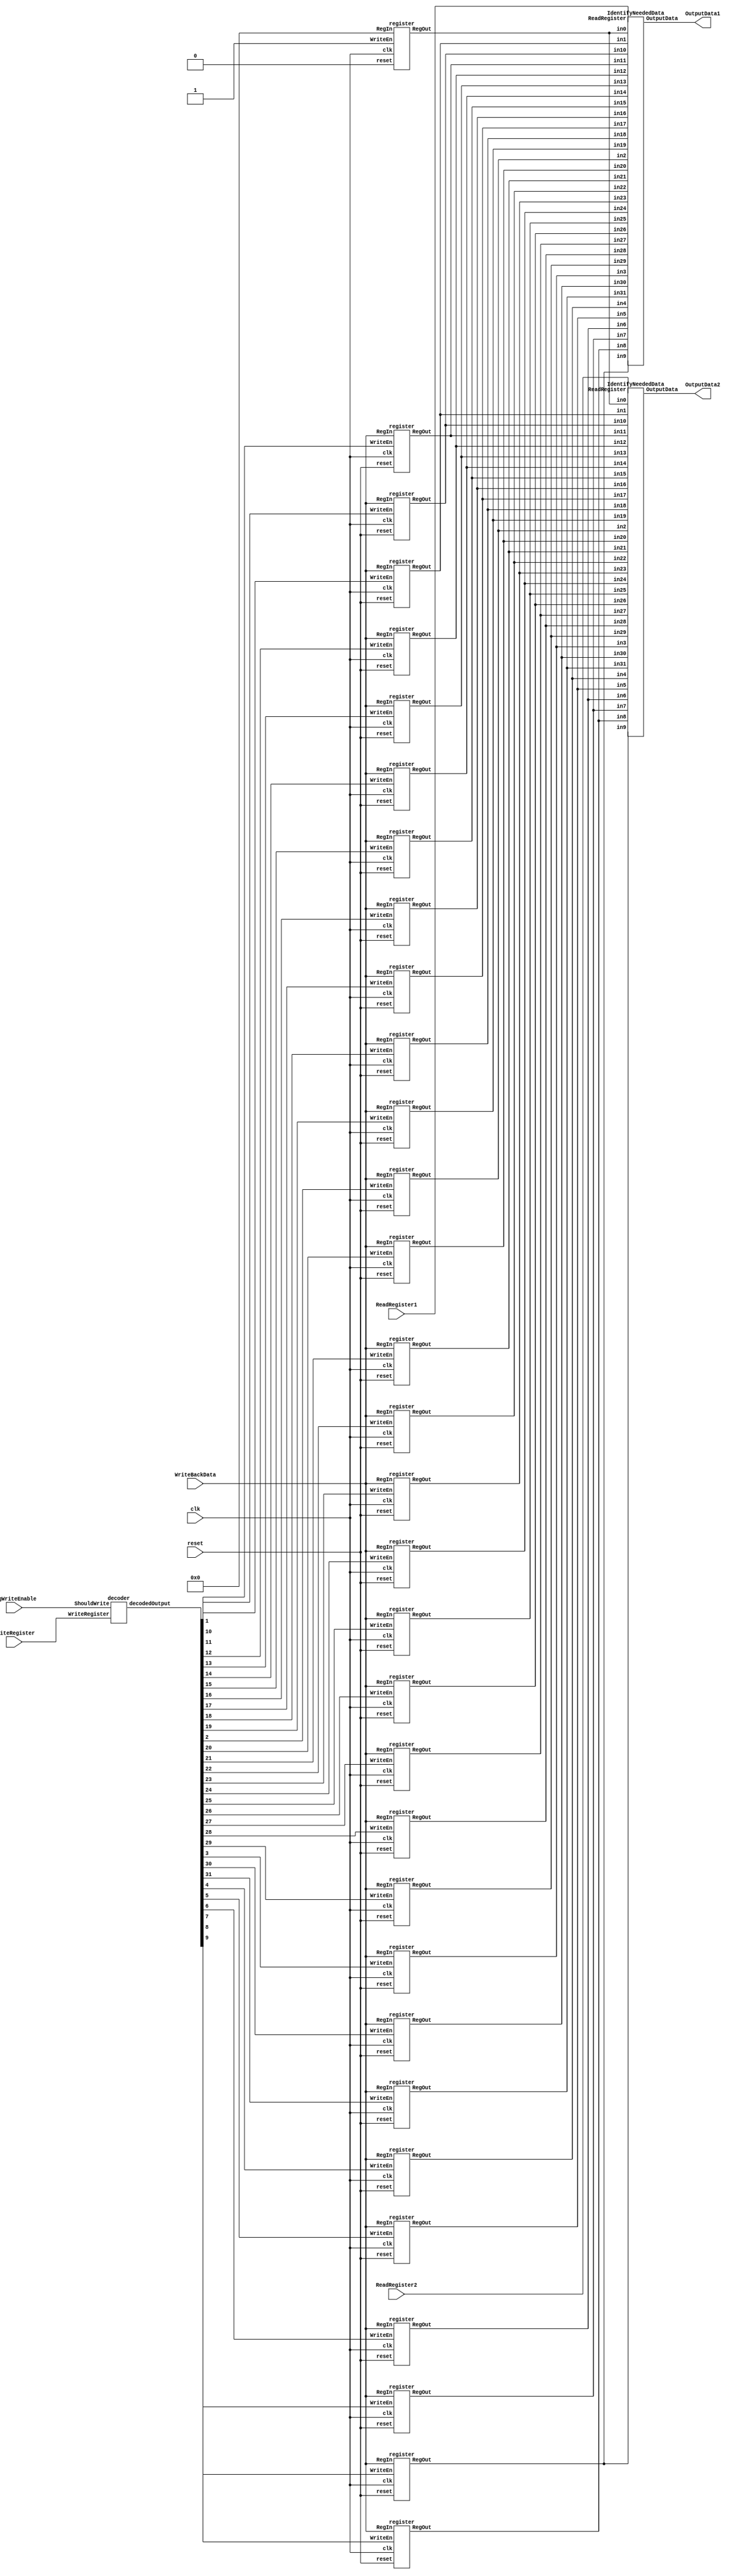
module RegisterFile(
    OutputData1,
    OutputData2,
    WriteBackData,
    ReadRegister1,
    ReadRegister2,
    WriteRegister,
    RegWriteEnable,
    clk,
    reset
);

input[4:0] ReadRegister1,ReadRegister2,WriteRegister;
input[31:0] WriteBackData;
output[31:0] OutputData1,OutputData2;
input RegWriteEnable,clk,reset;
wire [31:0] RegSystem [0:31];
wire [31:0]decodedRegister;


decoder d1(decodedRegister,RegWriteEnable,WriteRegister);
register reg0(RegSystem[0],32'b0,clk,1'b0,1'b1);    //$zero register
register reg1(RegSystem[1],WriteBackData,clk,reset,decodedRegister[1]);
register reg2(RegSystem[2],WriteBackData,clk,reset,decodedRegister[2]);
register reg3(RegSystem[3],WriteBackData,clk,reset,decodedRegister[3]);
register reg4(RegSystem[4],WriteBackData,clk,reset,decodedRegister[4]);

register reg5(RegSystem[5],WriteBackData,clk,reset,decodedRegister[5]);
register reg6(RegSystem[6],WriteBackData,clk,reset,decodedRegister[6]);
register reg7(RegSystem[7],WriteBackData,clk,reset,decodedRegister[7]);
register reg8(RegSystem[8],WriteBackData,clk,reset,decodedRegister[8]);
register reg9(RegSystem[9],WriteBackData,clk,reset,decodedRegister[9]);

register reg10(RegSystem[10],WriteBackData,clk,reset,decodedRegister[10]);
register reg11(RegSystem[11],WriteBackData,clk,reset,decodedRegister[11]);
register reg12(RegSystem[12],WriteBackData,clk,reset,decodedRegister[12]);
register reg13(RegSystem[13],WriteBackData,clk,reset,decodedRegister[13]);
register reg14(RegSystem[14],WriteBackData,clk,reset,decodedRegister[14]);

register reg15(RegSystem[15],WriteBackData,clk,reset,decodedRegister[15]);
register reg16(RegSystem[16],WriteBackData,clk,reset,decodedRegister[16]);
register reg17(RegSystem[17],WriteBackData,clk,reset,decodedRegister[17]);
register reg18(RegSystem[18],WriteBackData,clk,reset,decodedRegister[18]);
register reg19(RegSystem[19],WriteBackData,clk,reset,decodedRegister[19]);

register reg20(RegSystem[20],WriteBackData,clk,reset,decodedRegister[20]);
register reg21(RegSystem[21],WriteBackData,clk,reset,decodedRegister[21]);
register reg22(RegSystem[22],WriteBackData,clk,reset,decodedRegister[22]);
register reg23(RegSystem[23],WriteBackData,clk,reset,decodedRegister[23]);
register reg24(RegSystem[24],WriteBackData,clk,reset,decodedRegister[24]);

register reg25(RegSystem[25],WriteBackData,clk,reset,decodedRegister[25]);
register reg26(RegSystem[26],WriteBackData,clk,reset,decodedRegister[26]);
register reg27(RegSystem[27],WriteBackData,clk,reset,decodedRegister[27]);
register reg28(RegSystem[28],WriteBackData,clk,reset,decodedRegister[28]);
register reg29(RegSystem[29],WriteBackData,clk,reset,decodedRegister[29]);

register reg30(RegSystem[30],WriteBackData,clk,reset,decodedRegister[30]);
register reg31(RegSystem[31],WriteBackData,clk,reset,decodedRegister[31]);

IdentifyNeededData i1(OutputData1,ReadRegister1,RegSystem[0],RegSystem[1],RegSystem[2],RegSystem[3],RegSystem[4],RegSystem[5],RegSystem[6],RegSystem[7],RegSystem[8],RegSystem[9],RegSystem[10],
                    RegSystem[11],RegSystem[12],RegSystem[13],RegSystem[14],RegSystem[15],RegSystem[16],RegSystem[17],RegSystem[18],RegSystem[19],RegSystem[20],RegSystem[21],RegSystem[22],
                    RegSystem[23],RegSystem[24],RegSystem[25],RegSystem[26],RegSystem[27],RegSystem[28],RegSystem[29],RegSystem[30],RegSystem[31]);

IdentifyNeededData i2(OutputData2,ReadRegister2,RegSystem[0],RegSystem[1],RegSystem[2],RegSystem[3],RegSystem[4],RegSystem[5],RegSystem[6],RegSystem[7],RegSystem[8],RegSystem[9],RegSystem[10],
                    RegSystem[11],RegSystem[12],RegSystem[13],RegSystem[14],RegSystem[15],RegSystem[16],RegSystem[17],RegSystem[18],RegSystem[19],RegSystem[20],RegSystem[21],RegSystem[22],
                    RegSystem[23],RegSystem[24],RegSystem[25],RegSystem[26],RegSystem[27],RegSystem[28],RegSystem[29],RegSystem[30],RegSystem[31]);

endmodule

module mux32x1(out,in,select);
output reg out;
input[31:0] in;
input[4:0] select;
wire [31:0] decodedOutput;

decode5to32 d2(select,decodedOutput);
integer i;
always @(*)
begin
for(i=0;i<=31;i++)
begin
if(decodedOutput[i] == 1'b1)
    out = in[i];
end
end

endmodule

module IdentifyNeededData(OutputData,ReadRegister,in0,in1,in2,in3,in4,in5,in6,in7,in8,in9,in10,in11,in12,in13,in14,in15,in16,in17,in18,in19,in20,in21,in22,in23,in24,in25,in26,in27,in28,in29,in30,in31);
input[4:0] ReadRegister;
output[31:0] OutputData;
input[31:0] in0,in1,in2,in3,in4,in5,in6,in7,in8,in9,in10,in11,in12,in13,in14,in15,in16,in17,in18,in19,in20,in21,in22,in23,in24,in25,in26,in27,in28,in29,in30,in31;
reg[31:0] BitWiseArray [0:31];
integer i;

always @(*)
begin
for(i=0;i<=31;i++)
BitWiseArray[i] = {in31[i],in30[i],in29[i],in28[i],in27[i],in26[i],in25[i],in24[i],in23[i],in22[i],in21[i],in20[i],in19[i],in18[i],in17[i],in16[i],in15[i],in14[i],in13[i],in12[i],in11[i],in10[i],in9[i],in8[i],in7[i],in6[i],in5[i],in4[i],in3[i],in2[i],in1[i],in0[i]};
end
//Add the implementation of giving in the array values

mux32x1 mux0(OutputData[0],BitWiseArray[0],ReadRegister);
mux32x1 mux1(OutputData[1],BitWiseArray[1],ReadRegister);
mux32x1 mux2(OutputData[2],BitWiseArray[2],ReadRegister);
mux32x1 mux3(OutputData[3],BitWiseArray[3],ReadRegister);
mux32x1 mux4(OutputData[4],BitWiseArray[4],ReadRegister);

mux32x1 mux5(OutputData[5],BitWiseArray[5],ReadRegister);
mux32x1 mux6(OutputData[6],BitWiseArray[6],ReadRegister);
mux32x1 mux7(OutputData[7],BitWiseArray[7],ReadRegister);
mux32x1 mux8(OutputData[8],BitWiseArray[8],ReadRegister);
mux32x1 mux9(OutputData[9],BitWiseArray[9],ReadRegister);

mux32x1 mux10(OutputData[10],BitWiseArray[10],ReadRegister);
mux32x1 mux11(OutputData[11],BitWiseArray[11],ReadRegister);
mux32x1 mux12(OutputData[12],BitWiseArray[12],ReadRegister);
mux32x1 mux13(OutputData[13],BitWiseArray[13],ReadRegister);
mux32x1 mux14(OutputData[14],BitWiseArray[14],ReadRegister);

mux32x1 mux15(OutputData[15],BitWiseArray[15],ReadRegister);
mux32x1 mux16(OutputData[16],BitWiseArray[16],ReadRegister);
mux32x1 mux17(OutputData[17],BitWiseArray[17],ReadRegister);
mux32x1 mux18(OutputData[18],BitWiseArray[18],ReadRegister);
mux32x1 mux19(OutputData[19],BitWiseArray[19],ReadRegister);

mux32x1 mux20(OutputData[20],BitWiseArray[20],ReadRegister);
mux32x1 mux21(OutputData[21],BitWiseArray[21],ReadRegister);
mux32x1 mux22(OutputData[22],BitWiseArray[22],ReadRegister);
mux32x1 mux23(OutputData[23],BitWiseArray[23],ReadRegister);
mux32x1 mux24(OutputData[24],BitWiseArray[24],ReadRegister);

mux32x1 mux25(OutputData[25],BitWiseArray[25],ReadRegister);
mux32x1 mux26(OutputData[26],BitWiseArray[26],ReadRegister);
mux32x1 mux27(OutputData[27],BitWiseArray[27],ReadRegister);
mux32x1 mux28(OutputData[28],BitWiseArray[28],ReadRegister);
mux32x1 mux29(OutputData[29],BitWiseArray[29],ReadRegister);

mux32x1 mux30(OutputData[30],BitWiseArray[30],ReadRegister);
mux32x1 mux31(OutputData[31],BitWiseArray[31],ReadRegister);

endmodule

//creating a d-flip flop
module register(RegOut,RegIn, clk,reset,WriteEn);
output reg[31:0] RegOut;
input[31:0] RegIn;
input clk;
input WriteEn;
input reset;
wire a1,a2;


always @(posedge clk)
    begin
    if(reset)
        RegOut = 0;
    if(WriteEn)
        RegOut = RegIn;
      
    end
    
endmodule


module decoder(decodedOutput,ShouldWrite,WriteRegister);

input[4:0] WriteRegister;
input ShouldWrite;
output reg[31:0] decodedOutput;
wire[31:0] temp;

decode5to32 da(WriteRegister,temp);

always @(*)
begin
if(ShouldWrite)
    decodedOutput = {1'b0,temp[30:0]};
end
//and and0(decodedOutput[0],temp[0],ShouldWrite);

endmodule

module andfor5(out,a,b,c,d,e);
output out;
input a,b,c,d,e;
wire f1,f2,f3;
and and1(f1,a,b,c,d);
and and2(out,f1,e);
endmodule

module decode5to32(Registerindex,out);
input[4:0] Registerindex;
output[31:0] out;
wire not1,not2,not3,not4,not5;

not A(not1,Registerindex[4]);
not B(not2,Registerindex[3]);
not C(not3,Registerindex[2]);
not D(not4,Registerindex[1]);
not E(not5,Registerindex[0]);


andfor5 and5(out[31],Registerindex[4],Registerindex[3],Registerindex[2],Registerindex[1],Registerindex[0]);
andfor5 and6(out[30],Registerindex[4],Registerindex[3],Registerindex[2],Registerindex[1],not5);
andfor5 and7(out[29],Registerindex[4],Registerindex[3],Registerindex[2],not4,Registerindex[0]);
andfor5 and8(out[28],Registerindex[4],Registerindex[3],Registerindex[2],not4,not5);
andfor5 and9(out[27],Registerindex[4],Registerindex[3],not3,Registerindex[1],Registerindex[0]);

andfor5 and0(out[26],Registerindex[4],Registerindex[3],not3,Registerindex[1],not5);
andfor5 andq(out[25],Registerindex[4],Registerindex[3],not3,not4,Registerindex[0]);
andfor5 andw(out[24],Registerindex[4],Registerindex[3],not3,not4,not5);
andfor5 ande(out[23],Registerindex[4],not2,Registerindex[2],Registerindex[1],Registerindex[0]);
andfor5 andr(out[22],Registerindex[4],not2,Registerindex[2],Registerindex[1],not5);

andfor5 andt(out[21],Registerindex[4],not2,Registerindex[2],not4,Registerindex[0]);
andfor5 andy(out[20],Registerindex[4],not2,Registerindex[2],not4,not5);
andfor5 andu(out[19],Registerindex[4],not2,not3,Registerindex[1],Registerindex[0]);
andfor5 andi(out[18],Registerindex[4],not2,not3,Registerindex[1],not5);
andfor5 ando(out[17],Registerindex[4],not2,not3,not4,Registerindex[0]);

andfor5 andp(out[16],Registerindex[4],not2,not3,not4,not5);
andfor5 anda(out[15],not1,Registerindex[3],Registerindex[2],Registerindex[1],Registerindex[0]);
andfor5 ands(out[14],not1,Registerindex[3],Registerindex[2],Registerindex[1],not5);
andfor5 andd(out[13],not1,Registerindex[3],Registerindex[2],not4,Registerindex[0]);
andfor5 andf(out[12],not1,Registerindex[3],Registerindex[2],not4,not5);

andfor5 andg(out[11],not1,Registerindex[3],not3,Registerindex[1],Registerindex[0]);
andfor5 andh(out[10],not1,Registerindex[3],not3,Registerindex[1],not5);
andfor5 andj(out[9],not1,Registerindex[3],not3,not4,Registerindex[0]);
andfor5 andk(out[8],not1,Registerindex[3],not3,not4,not5);
andfor5 andl(out[7],not1,not2,Registerindex[2],Registerindex[1],Registerindex[0]);

andfor5 andz(out[6],not1,not2,Registerindex[2],Registerindex[1],not5);
andfor5 andx(out[5],not1,not2,Registerindex[2],not4,Registerindex[0]);
andfor5 andc(out[4],not1,not2,Registerindex[2],not4,not5);
andfor5 andv(out[3],not1,not2,not3,Registerindex[1],Registerindex[0]);
andfor5 andb(out[2],not1,not2,not3,Registerindex[1],not5);

andfor5 andn(out[1],not1,not2,not3,not4,Registerindex[0]);
andfor5 andm(out[0],not1,not2,not3,not4,not5);

endmodule

/*
module test();
    wire[31:0] OutputData1;
    wire[31:0] OutputData2;
    reg[31:0] WriteBackData;
    reg[4:0] ReadRegister1;
    reg[4:0] ReadRegister2;
    reg[4:0] WriteRegister;
    reg RegWriteEnable;
    reg clk;
    reg reset;
    RegisterFile r(OutputData1,OutputData2,WriteBackData,ReadRegister1,ReadRegister2,WriteRegister,RegWriteEnable,clk,reset);
    
    
    initial begin
    $dumpfile ("Registers_out.vcd");
	$dumpvars(0, test);

    clk = 0;
    reset = 0;
    ReadRegister1 = 5'b0000;
    ReadRegister2 = 5'b0000;
    RegWriteEnable = 0;


    #20
    RegWriteEnable = 1;
    WriteRegister = 5'b0001;
    WriteBackData = 32'b00000000000000000000000000100001;
    ReadRegister1 = 5'b0000;
    ReadRegister2 = 5'b0000;

    #20;
    ReadRegister1 = 5'b0001;
    ReadRegister2 = 5'b0000;
    RegWriteEnable = 0;

    end
    always
        #10 clk = ~clk;
endmodule
*/